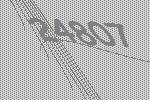
24807